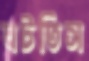
ঘটতিস